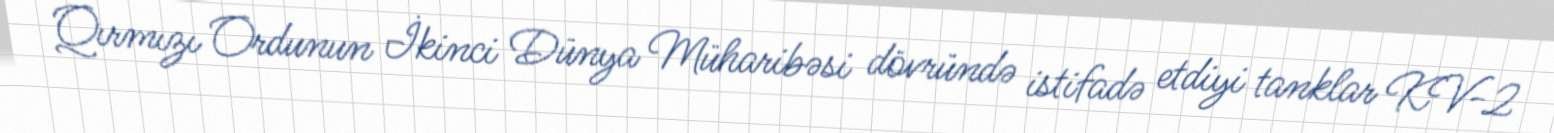
Qırmızı Ordunun İkinci Dünya Müharibəsi dövründə istifadə etdiyi tanklar KV-2